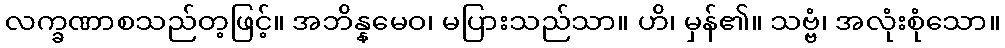
လက္ခဏာစသည်တ့ဖြင့်။ အဘိန္နမေဝ၊ မပြားသည်သာ။ ဟိ၊ မှန်၏။ သဗ္ဗံ၊ အလုံးစုံသော။